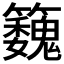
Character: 𮵹